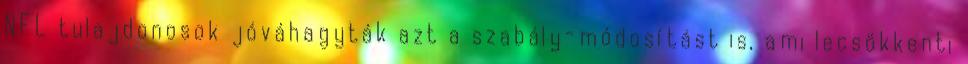
NFL tulajdonosok jóváhagyták azt a szabály-módosítást is, ami lecsökkenti